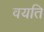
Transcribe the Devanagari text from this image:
वयति